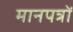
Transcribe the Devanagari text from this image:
मानपत्रों